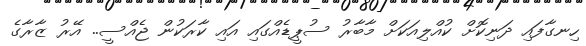
ހިނގާފައި ދަނިކޮށް ކުއްލިއަކަށް މާބާރު ސުޕީޑެއްގައި އައި ކާރަކުން ޖެއްސީ.. އޭރު ޒާރާގެ